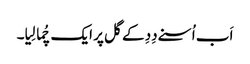
اَب اُسنے دِدِ کے گل پر ایک چُما لِیا۔